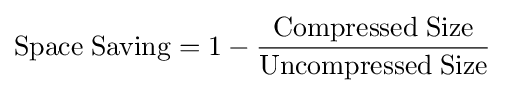
{\rm {Space\;Saving}}=1-{\frac {\rm {Compressed\;Size}}{\rm {Uncompressed\;Size}}}